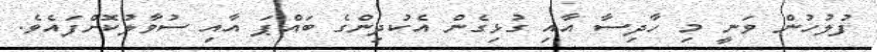
ފުލުހުން ވަނީ މި ހާދިސާ އާއި ގުޅިގެން އެކުދިންގެ ބައްޕަ އާއި ސުވާލުކޮށްފައެވެ.